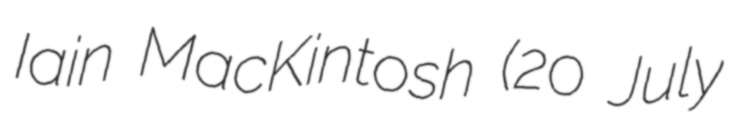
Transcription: Iain MacKintosh (20 July